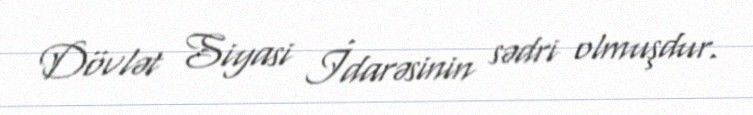
Dövlət Siyasi İdarəsinin sədri olmuşdur.